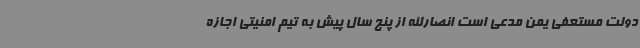
دولت مستعفی یمن مدعی است انصارالله از پنج سال پیش به تیم امنیتی اجازه